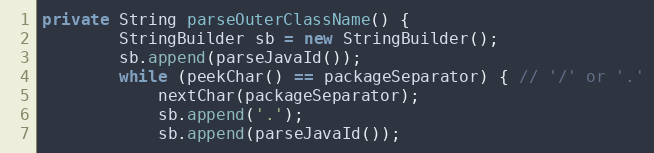
Language: Java
private String parseOuterClassName() {
		StringBuilder sb = new StringBuilder();
		sb.append(parseJavaId());
		while (peekChar() == packageSeparator) { // '/' or '.'
			nextChar(packageSeparator);
			sb.append('.');
			sb.append(parseJavaId());